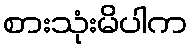
စားသုံးမိပါက